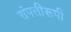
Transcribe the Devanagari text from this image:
संपत्तीरूपी